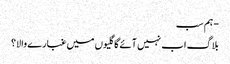
- ہم سب
بلاگ اب نہیں آئے گا گلیوں میں غبارے والا؟